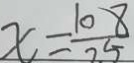
x = \frac { 1 0 8 } { 2 5 }